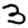
Digit: 3